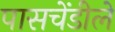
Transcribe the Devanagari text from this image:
पासचेंडीले